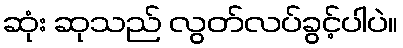
ဆုံး ဆုသည် လွတ်လပ်ခွင့်ပါပဲ။